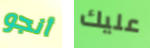
أنجو عليك